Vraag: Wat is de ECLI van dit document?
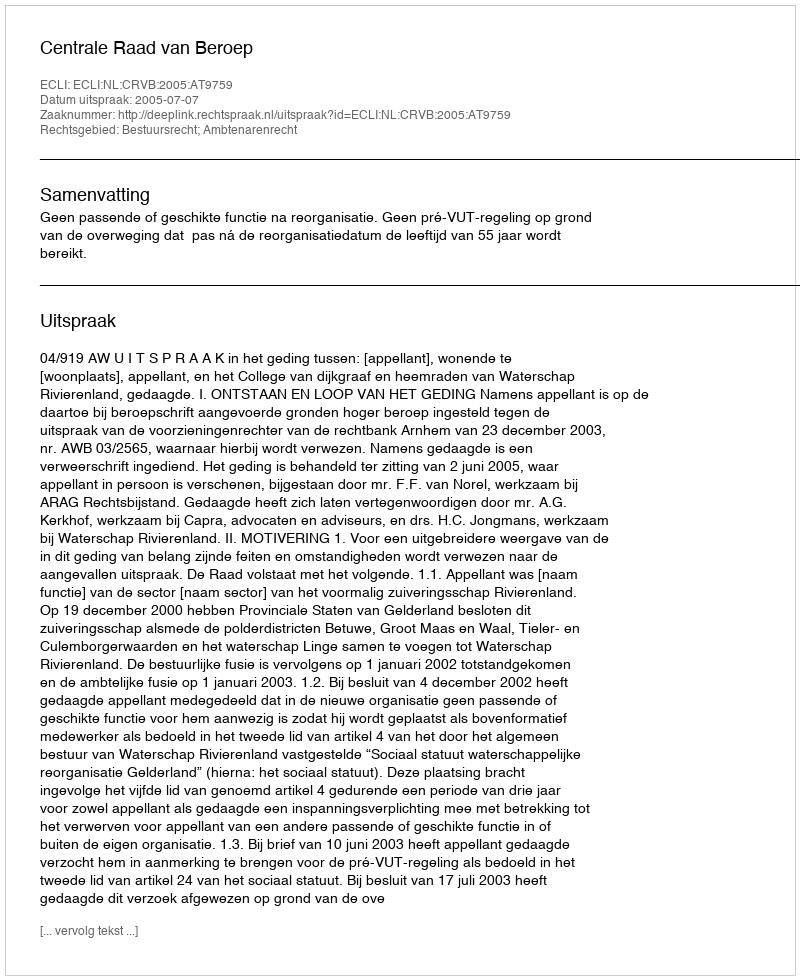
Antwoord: ECLI:NL:CRVB:2005:AT9759